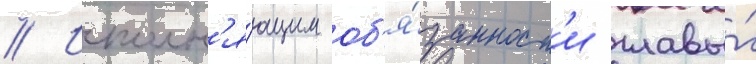
// Исполн'я́ющим об'я́занност'и главы́